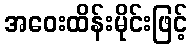
အဝေးထိန်းမိုင်းဖြင့်